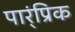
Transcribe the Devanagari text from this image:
पार्ंप्रिक